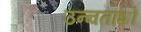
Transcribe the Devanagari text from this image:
उन्ऩतांशों